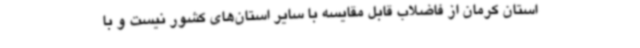
استان کرمان از فاضلاب قابل مقایسه با سایر استان‌های کشور نیست و با